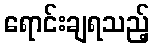
ရောင်းချရသည့်